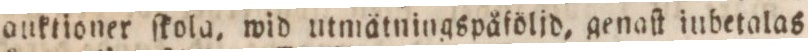
auktioner ſkola, wid utmätningspåfölid, genaſt inbetalas